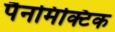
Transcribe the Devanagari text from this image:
पैनमिक्टिक